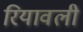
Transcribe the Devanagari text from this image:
रियावली